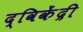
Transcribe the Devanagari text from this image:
द्विकेंद्री